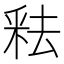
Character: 𬪻